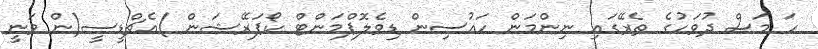
ހަ މަސް ދުވަހުގެ ތެރޭގައި ނިންމަން ހައުސިން ޑިވެލޮޕްމަންޓް ކޯޕަރޭޝަން )އެޗްޑީސީ(ން ވަނީ